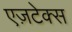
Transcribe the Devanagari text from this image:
एज़टेक्स